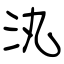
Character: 汍